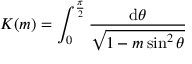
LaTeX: K ( m ) = \int _ { 0 } ^ { \frac { \pi } { 2 } } { \frac { \mathrm { d } \theta } { \sqrt { 1 - m \sin ^ { 2 } \theta } } }